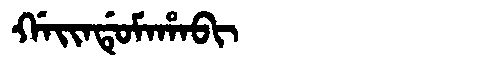
Manchu: ᡤᠠᡳᠨᡩᡠᠮᠠᡥᠠᠪᡳ
Romanization: GAINDUMAHABI